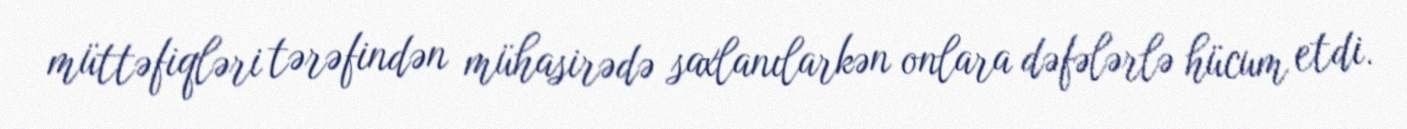
müttəfiqləri tərəfindən mühasirədə saxlanılarkən onlara dəfələrlə hücum etdi.